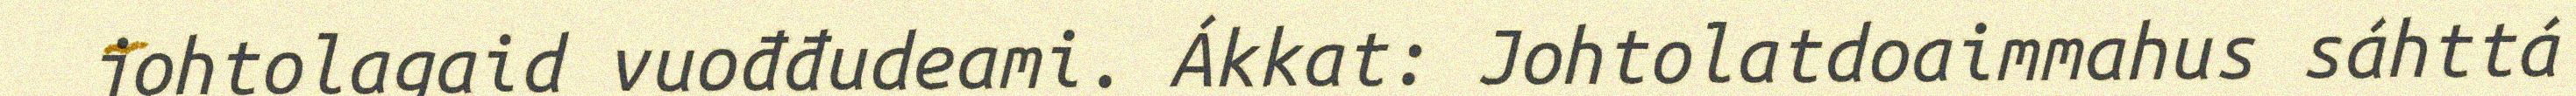
johtolagaid vuođđudeami. Ákkat: Johtolatdoaimmahus sáhttá